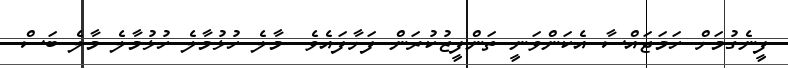
ފީނެގުމަށް ހަމަޖައްސާ އެކަންވަނީ ތަންފީޒުކުރަން ފަށާފައެވެ. މާލެ ހުޅުމާލެ ހުޅުމާލެ މާލެ ބަސް